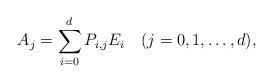
LaTeX: \begin{align*}A_j=\sum_{i=0}^d P_{i,j}E_i\quad(j=0,1,\dots,d),\end{align*}